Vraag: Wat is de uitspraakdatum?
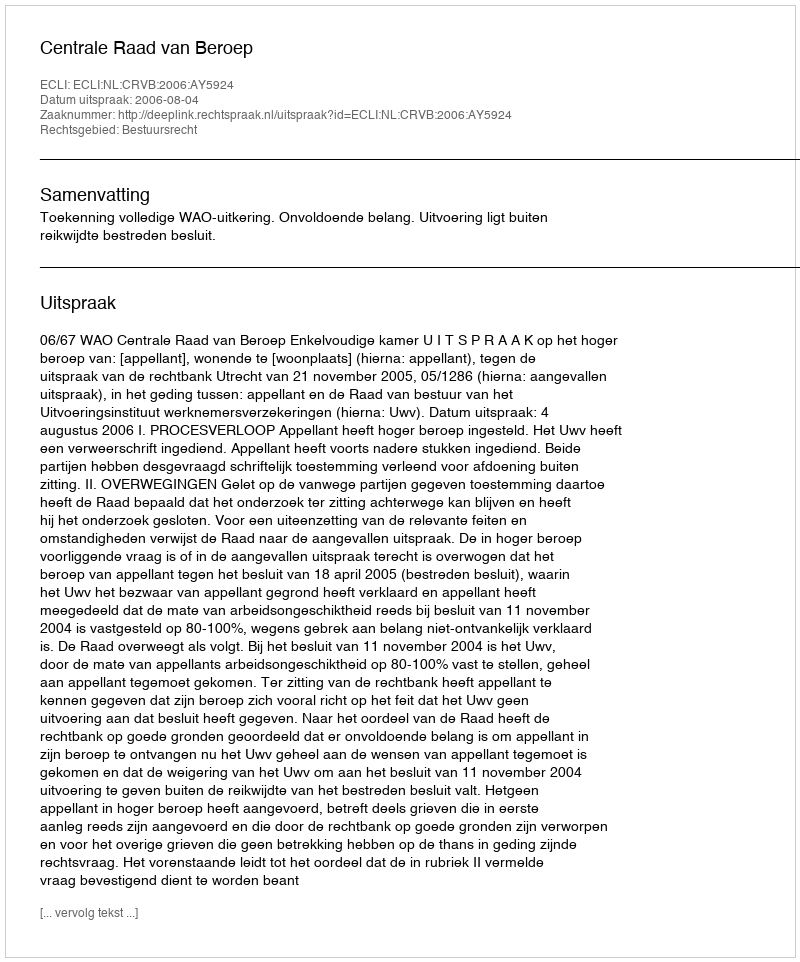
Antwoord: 2006-08-04